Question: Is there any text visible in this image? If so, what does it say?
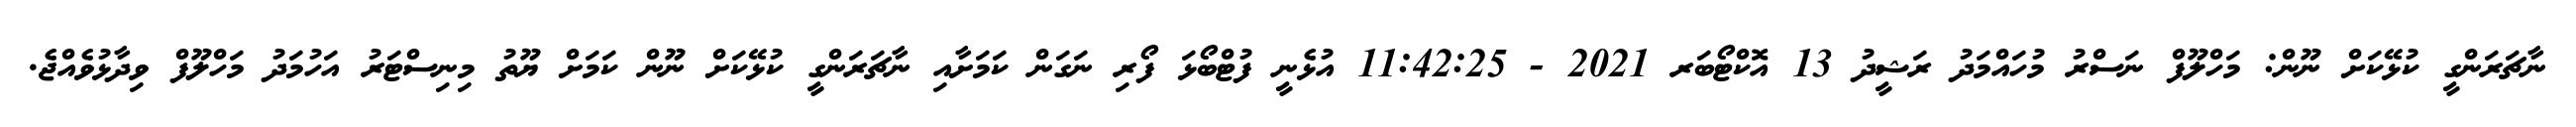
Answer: ނާޗަރަންގީ ކުޅޭކަށް ނޫން: މަހްލޫފް ނަސްރު މުހައްމަދު ރަޝީދު 13 އޮކްޓޯބަރ 2021 - 11:42:25 އުޅެނީ ފުޓްބޯޅަ ފޯރި ނަގަން ކަމަށާއި ނާޗަރަންގީ ކުޅޭކަށް ނޫން ކަމަށް ޔޫތު މިނިސްޓަރު އަހުމަދު މަހްލޫފް ވިދާޅުވެއްޖެ.